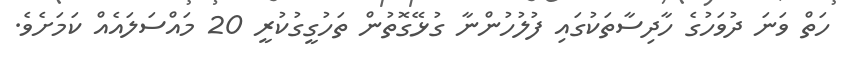
ހަތް ވަނަ ދުވަހުގެ ހާދިސާތަކުގައި ފުލުހުންނާ ގުޅޭގޮތުން ތަހުގީގުކުރީ 20 މައްސަލައެއް ކަމަށެވެ.